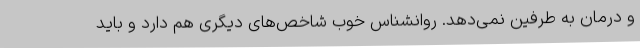
و درمان به طرفین نمی‌دهد. روانشناس خوب شاخص‌های دیگری هم دارد و باید